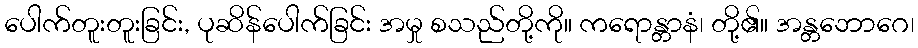
ပေါက်တူးတူးခြင်း, ပုဆိန်ပေါက်ခြင်း အမှု စသည်တို့ကို။ ကရောန္တာနံ၊ တို့၏။ အန္တဘောဂေ၊